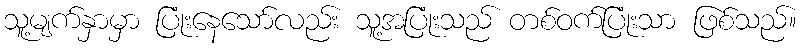
သူ့မျက်နှာမှာ ပြုံးနေသော်လည်း သူ့အပြုံးသည် တစ်ဝက်ပြုံးသာ ဖြစ်သည်။